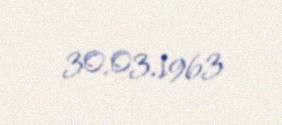
30.03.1963